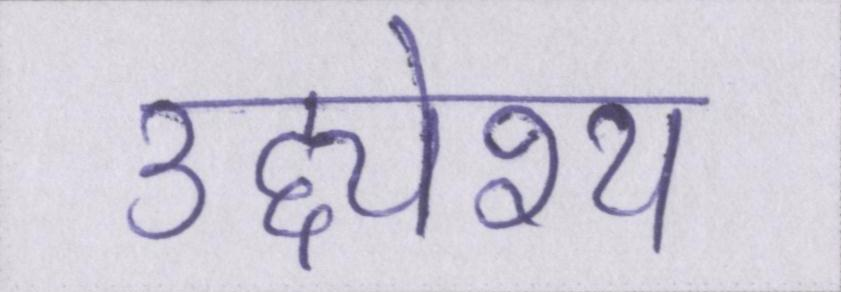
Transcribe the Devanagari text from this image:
उद्द्येश्य